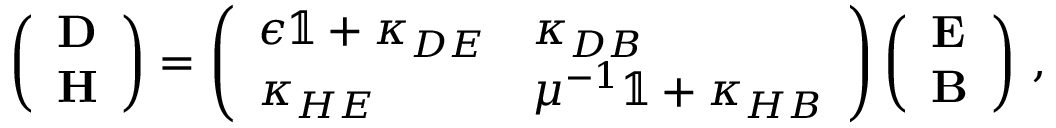
\left( \begin{array} { l } { \mathbf { D } } \\ { \mathbf { H } } \end{array} \right) = \left( \begin{array} { l l } { \epsilon \mathbb { 1 } + \kappa _ { D E } } & { \kappa _ { D B } } \\ { \kappa _ { H E } } & { { \mu } ^ { - 1 } \mathbb { 1 } + \kappa _ { H B } } \end{array} \right) \left( \begin{array} { l } { \mathbf { E } } \\ { \mathbf { B } } \end{array} \right) \, ,